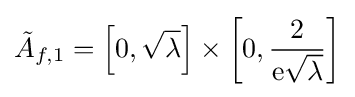
{\tilde {A}}_{f,1}=\left[0,{\sqrt {\lambda }}\right]\times \left[0,{\frac {2}{\mathrm {e} {\sqrt {\lambda }}}}\right]